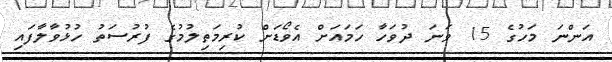
އަންނަ މަހުގެ 15 ވަނަ ދުވަހާ ހަމައަށް އެވޯޑަށް ކުރިމަތިލުމުގެ ފުރުސަތު ހުޅުވާލާފައި